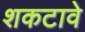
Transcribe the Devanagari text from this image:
शकटावे